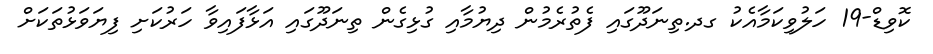
ކޮވިޑް-19 ހަލުވިކަމާއެކު ގދ.ތިނަދޫގައި ފެތުރެމުން ދިޔުމާއި ގުޅިގެން ތިނަދޫގައި އަޅާފައިވާ ހަރުކަށި ފިޔަވަޅުތަކަށް